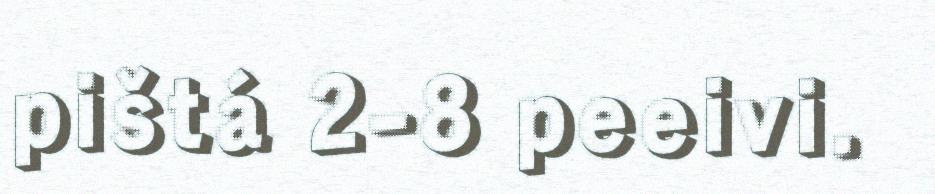
pištá 2-8 peeivi.